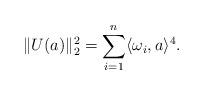
LaTeX: \begin{align*} \|U(a)\|_2^2 = \sum_{i=1}^n \langle \omega_i, a \rangle^4.\end{align*}